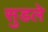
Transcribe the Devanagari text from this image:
सुडले